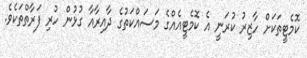
ކޮމެޓީތަކަށް ހާޒިރު ކުރަނީ އެ ކޮމެޓީއެއްގެ މަސައްކަތުގެ ދާއިރާއާ ގުޅުން ހުރި ފަރާތްތަކެވެ.